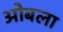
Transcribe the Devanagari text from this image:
ओबला